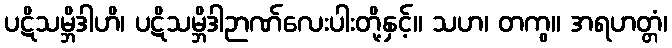
ပဋိသမ္ဘိဒါဟိ၊ ပဋိသမ္ဘိဒါဉာဏ်လေးပါးတို့နှင့်။ သဟ၊ တကွ။ အရဟတ္တံ၊